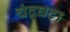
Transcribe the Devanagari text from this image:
चंद्रघटा